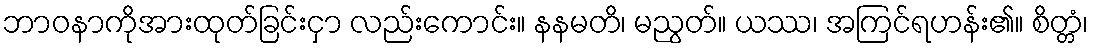
ဘာဝနာကိုအားထုတ်ခြင်းငှာ လည်းကောင်း။ နနမတိ၊ မညွတ်။ ယဿ၊ အကြင်ရဟန်း၏။ စိတ္တံ၊